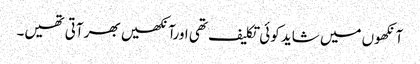
آنکھوں میں شاید کوئی تکلیف تھی اورآنکھیں بھر آتی تھیں۔